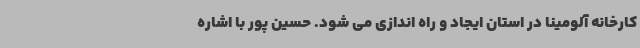
کارخانه آلومینا در استان ایجاد و راه اندازی می شود. حسین پور با اشاره